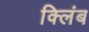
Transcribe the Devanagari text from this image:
क्लिंब